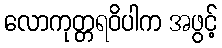
လောကုတ္တရဝိပါက အဖွင့်